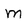
Character: m